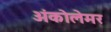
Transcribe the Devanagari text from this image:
अंकोलेमर